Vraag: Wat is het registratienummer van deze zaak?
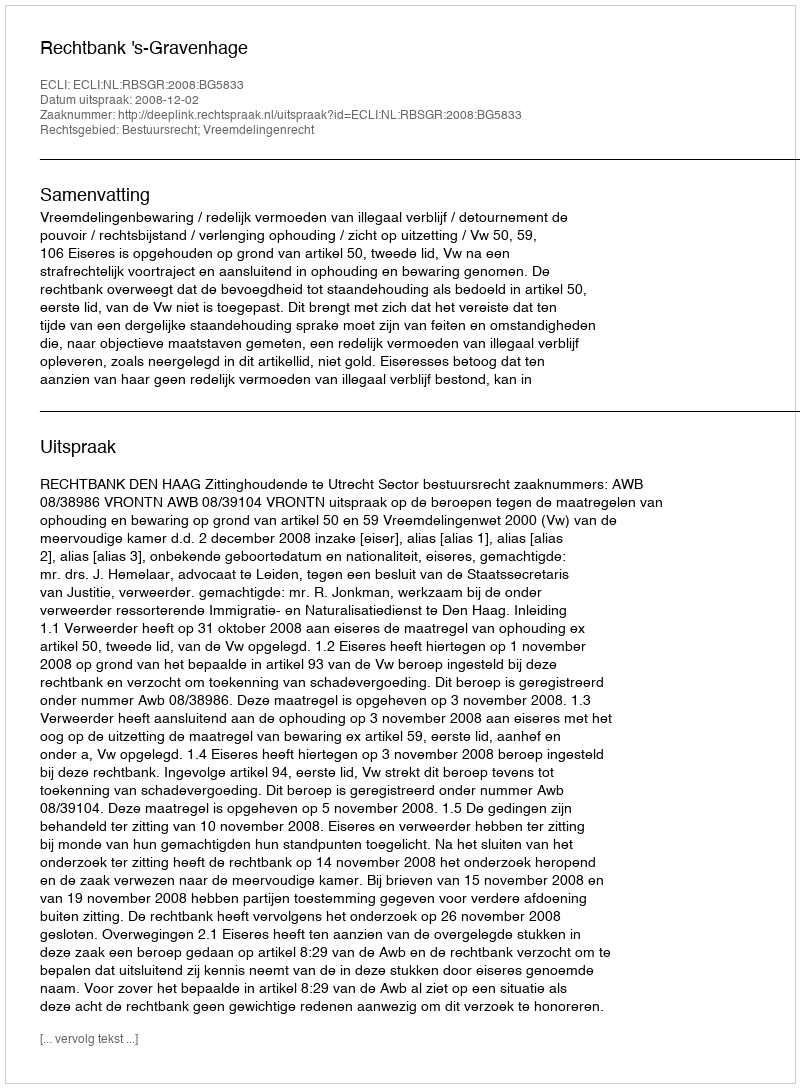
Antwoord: http://deeplink.rechtspraak.nl/uitspraak?id=ECLI:NL:RBSGR:2008:BG5833